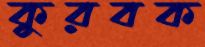
কুরবক